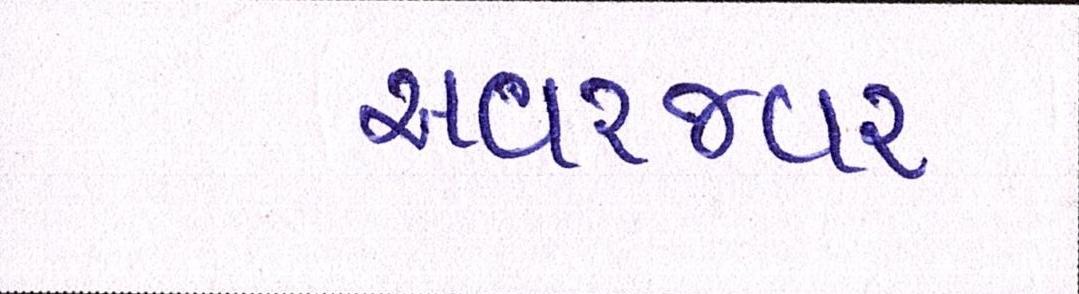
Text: અવરજવર